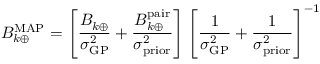
B _ { k \oplus } ^ { \mathrm { M A P } } = \left[ \frac { B _ { k \oplus } ^ { \bigstar } } { \sigma _ { \mathrm { G P } } ^ { 2 } } + \frac { B _ { k \oplus } ^ { \mathrm { p a i r } } } { \sigma _ { \mathrm { p r i o r } } ^ { 2 } } \right] \left[ \frac { 1 } { \sigma _ { \mathrm { G P } } ^ { 2 } } + \frac { 1 } { \sigma _ { \mathrm { p r i o r } } ^ { 2 } } \right] ^ { - 1 }